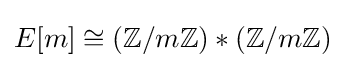
E[m]\cong (\mathbb {Z} /m\mathbb {Z} )*(\mathbb {Z} /m\mathbb {Z} )